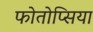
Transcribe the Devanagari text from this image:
फोतोप्सिया